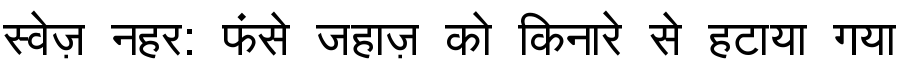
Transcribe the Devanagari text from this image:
स्वेज़ नहर: फंसे जहाज़ को किनारे से हटाया गया